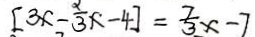
[ 3 x - \frac { \alpha } { 3 } x - 4 ] = \frac { 7 } { 3 } x - 7